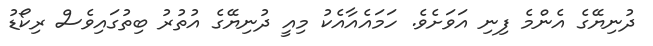
ދުނިޔޭގެ އެންމެ ފިނި އަވަށެެވެ. ހަމައެއާއެކު މިއީ ދުނިޔޭގެ އުތުރު ބިތުގައިވެސް ރިކޯޑު